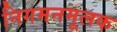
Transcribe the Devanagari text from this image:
निगमनमूलक